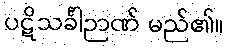
ပဋိသင်္ခါဉာဏ် မည်၏။